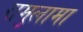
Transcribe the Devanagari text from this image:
रामुलामा